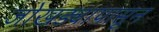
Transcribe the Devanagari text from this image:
जोखड्यापासून